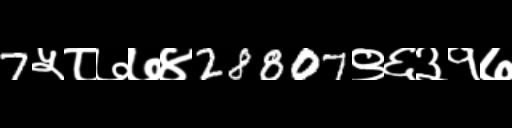
Text: 7५८७७४28807९६३१७